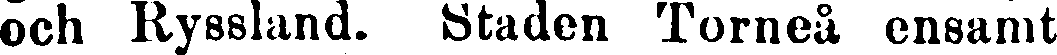
och Ryssland. Staden Torneå ensamt